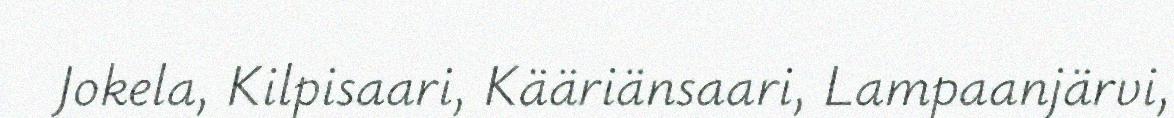
Jokela, Kilpisaari, Kääriänsaari, Lampaanjärvi,